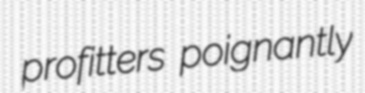
profitters poignantly